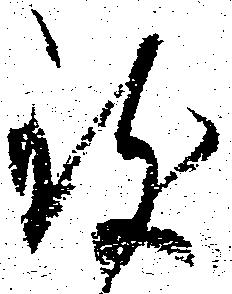
致